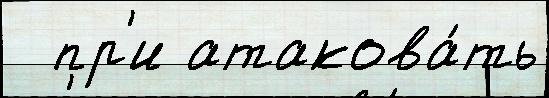
  пр'и атакова́ть